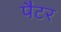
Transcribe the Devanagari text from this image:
पैटर